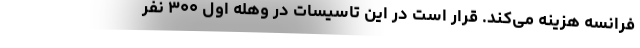
فرانسه هزینه می‌کند. قرار است در این تاسیسات در وهله اول ۳۰۰ نفر